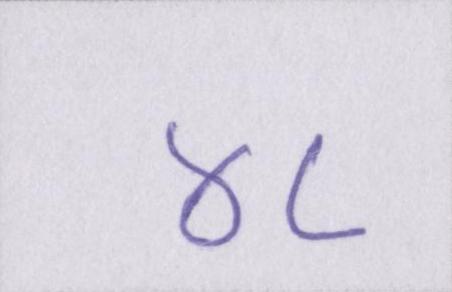
४८